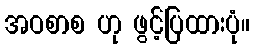
အဝစာစ ဟု ဖွင့်ပြထားပုံ။